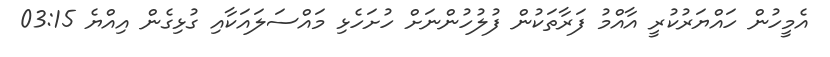
އެމީހުން ހައްޔަރުކުރީ އާއްމު ފަރާތަކުން ފުލުހުންނަށް ހުށަހެޅި މައްސަލައަކާއި ގުޅިގެން އިއްޔެ 03:15